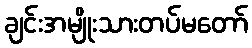
ချင်းအမျိုးသားတပ်မတော်